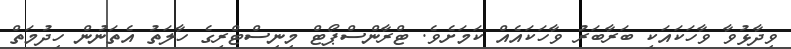
ވިދާޅުވާ ވާހަކައަކީ ބަރާބަރު ވާހަކައެއް ކަމަށެވެ. ޓްރާންސްޕޯޓް މިނިސްޓްރީގެ ހާލަތު އެތަނުން ހިދުމަތް